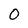
Character: O